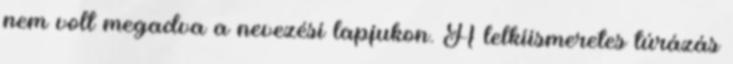
nem volt megadva a nevezési lapjukon. A lelkiismeretes túrázás